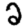
Digit: 2